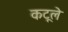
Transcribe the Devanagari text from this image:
कटूले